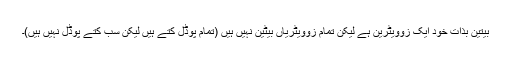
بیتین بذات خود ایک زوویٹرین ہے لیکن تمام زوویٹریاں بیٹین نہیں ہیں (تمام پوڈل کتے ہیں لیکن سب کتے پوڈل نہیں ہیں)۔